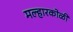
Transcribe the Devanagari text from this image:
मल्हारकोळी